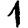
Digit: 1